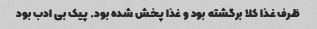
ظرف غذا کلا برگشته بود و غذا پخش شده بود. پیک بی ادب بود